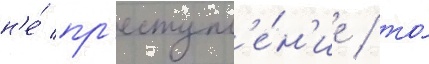
н'е́ пр'еступл'е́н'ие / то́